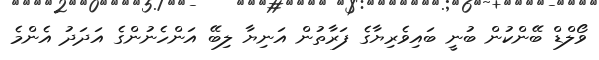
ވޯލްޑް ބޭންކުން ބުނީ ބައިވެރިޔާގެ ފަރާތުން އަނިޔާ ލިބޭ އަންހެނުންގެ އަދަދު އެންމެ